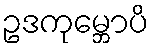
ဥဒကုမ္ဘောပိ